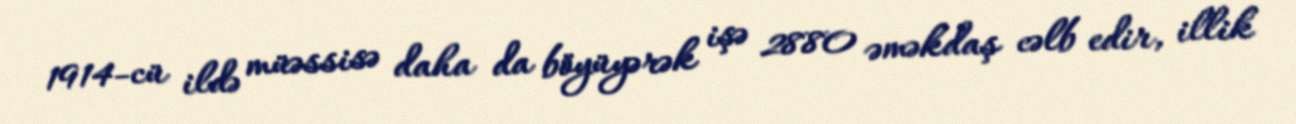
1914-cü ildə müəssisə daha da böyüyərək işə 2880 əməkdaş cəlb edir, illik